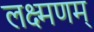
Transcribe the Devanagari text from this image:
लक्ष्मणम्